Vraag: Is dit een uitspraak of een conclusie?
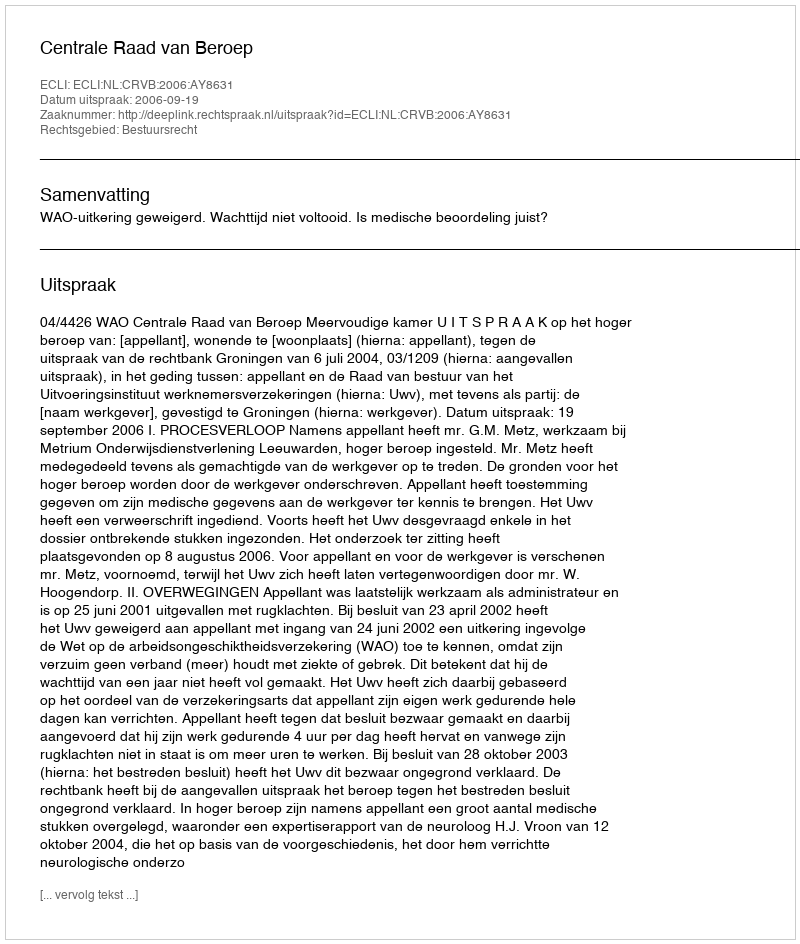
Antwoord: Uitspraak